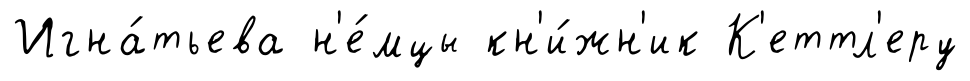
Игна́тьева н'е́мцы кн'и́жн'ик К'еттл'еру